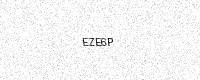
Text: EZE6P